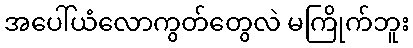
အပေါ်ယံလောကွတ်တွေလဲ မကြိုက်ဘူး